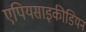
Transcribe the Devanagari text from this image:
एपियसाइकीडियन